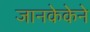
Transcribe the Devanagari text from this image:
जानकेकेने